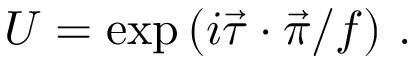
U = \mathrm { e x p } \left( i \vec { \tau } \cdot \vec { \pi } / f \right) \, .